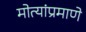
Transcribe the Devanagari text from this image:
मोत्यांप्रमाणे